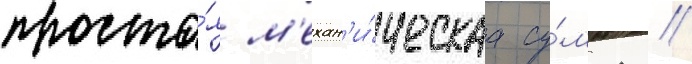
проста́я м'ехан'и́ческаа су́мма //